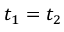
t _ { 1 } = t _ { 2 }